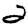
Digit: 2